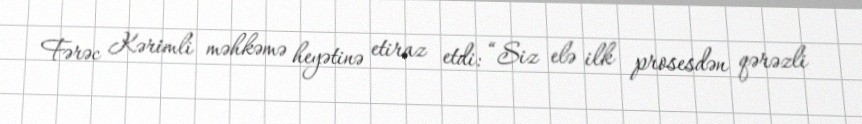
Fərəc Kərimli məhkəmə heyətinə etiraz etdi: “Siz elə ilk prosesdən qərəzli